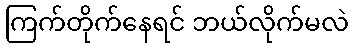
ကြက်တိုက်နေရင် ဘယ်လိုက်မလဲ